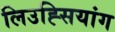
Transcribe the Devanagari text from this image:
लिउह्सियांग